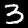
Digit: 3